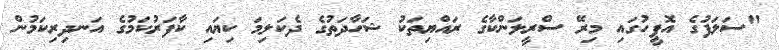
"ސަލަފުގެ އޮފީހުގައި މިރޭ ސްރީލަންކާގެ ރައްޔިތަކު ޝަހާދަތުގެ ދެކަލިމަ ކިޔައި ކާފަރުކަމުގެ އަނދިރިކަމުން